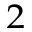
_ 2